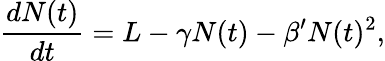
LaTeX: \frac{dN(t)}{dt}=L-\gamma N(t)-\beta^{\prime}N(t)^{2},